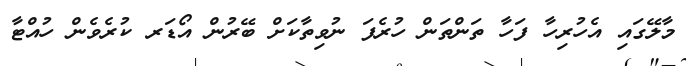
މާލޭގައި އެހުރިހާ ފަހާ ތަންތަން ހުރެފަ ނުވިތާކަށް ބޭރުން އޯޑަރ ކުރެވެން ހުއްޓާ